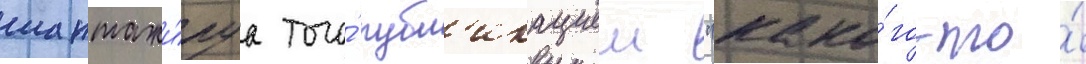
шантажи́руа того́ публ'икациеи "како́го-то́